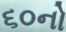
૬૦નો